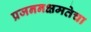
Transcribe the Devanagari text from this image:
प्रजननक्षमतेचा